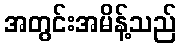
အတွင်းအမိန့်သည်